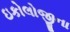
ઇકોલોજીના